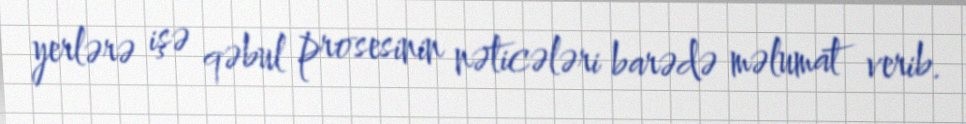
yerlərə işə qəbul prosesinin nəticələri barədə məlumat verib.